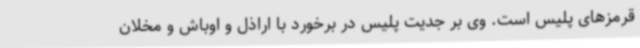
قرمزهای پلیس است. وی بر جدیت پلیس در برخورد با اراذل و اوباش و مخلان